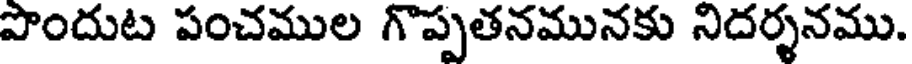
పొందుట పంచముల గొప్పతనమునకు నిదర్శనము.